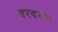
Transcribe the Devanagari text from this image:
वरदय्या